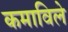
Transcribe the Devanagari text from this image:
कमाविले